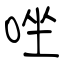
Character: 唑